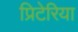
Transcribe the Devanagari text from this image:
प्रिटेरिया